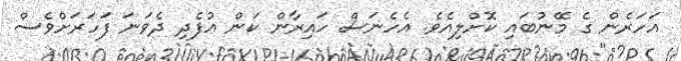
އަހަރެން ގެ މޭނުބައި ކޮށްލިއެވެ. އެހެނަސް ހައިރާން ކަން އުފެދި ދެވަނަ ފަހަރަށްވެސް